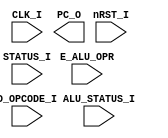
// **********
// COPYRIGHT(c) 2018, LUOYIN
// All rights reserved
// 
// IP LIB INDEX	:
// IP Name		:
// File Name	:
// Module Name	:
// Full Name	:
// 
// Author		: 
// Email		:
// Data			:
// Version		:
//
// Abstract		:
// Called By	: 
// 
// Modification Histroy
// 
// **********

// **********
// DEFINE MODEL PORT
// **********
//
module cpu_pc(
	CLK_I, nRST_I,
	D_OPCODE_I, E_ALU_OPR, 
	STATUS_I, ALU_STATUS_I,
	PC_O
);

	// **********
	// DEFINE PARAMETER
	// **********

	// **********
	// DEFINE INPUT
	// **********
	input wire				CLK_I;
	input wire				nRST_I;
	input wire	 [7:0]		D_OPCODE_I;
	input wire				E_ALU_OPR;
	input wire	 [3:0]		STATUS_I;
	input wire	 [3:0]		ALU_STATUS_I;
	
	// **********
	// DEFINE OUTPUT
	// **********
	output wire	[13:0]		PC_O;

	// **********
	// ATRRIBUTE
	// **********
	reg			[13:0]		rStack [7:0];
	reg			 [2:0]		rStack_ndx;

	// **********
	// INSTANCE MODULE
	// **********

	// **********
	// MAIN CODE
	// **********

endmodule